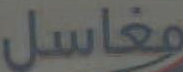
مغاسل